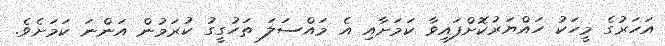
އަހަރުގެ މީހަކު ހައްޔަރުކޮށްފައިވާ ކަމަށާއި އެ މައްސަލަ ތަހުގީގު ކުރަމުން އަންނަ ކަމަށެވެ.